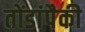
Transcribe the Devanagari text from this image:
तोंडांपैकी